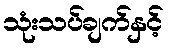
သုံးသပ်ချက်နှင့်